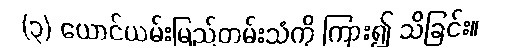
(၃) ယောင်ယမ်းမြည်တမ်းသံကို ကြား၍ သိခြင်း။